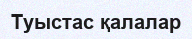
Туыстас қалалар